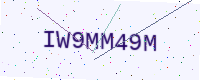
Text: IW9MM49M